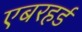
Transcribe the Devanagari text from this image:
एबरहर्ड